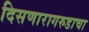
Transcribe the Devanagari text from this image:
दिसणारागरुडाचा